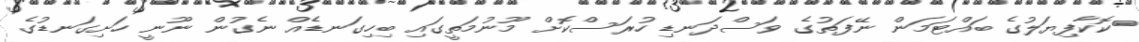
ކޮކާފިޔަލުގެ ބައްޓަމަން ނޭފަތުގެ ވަސްދަނޑި ހުރަސްކޮށް މޫނުމަތީގައި ބިހިގަނޑެއް ނެގުން ނޫނީ ހަށިގަނޑުގެ